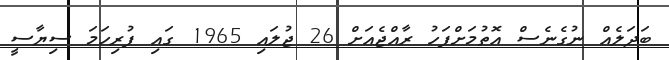
ބަދަލެއް ނުގެނެސް އޮތުމަށްފަހު ރާއްޖެއަށް 26 ޖުލައި 1965 ގައި ފުރިހަމަ ސިޔާސީ